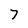
Character: 7